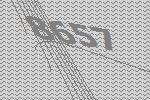
8657